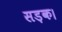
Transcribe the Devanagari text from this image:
सड़क।